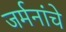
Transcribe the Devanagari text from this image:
जर्मनांचे